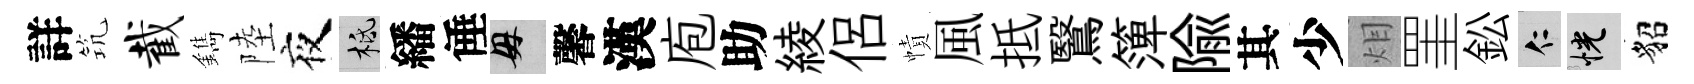
詳𥬑截鐫陸夜柢繙倕母馨漢庖助綾侣幘風抵鷖𥱼隃其少𤇆罣鈆仁恍貂